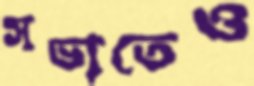
সভাতেও